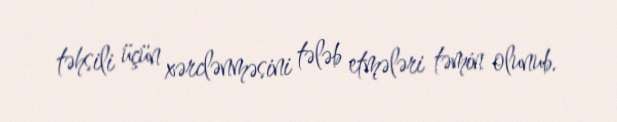
təhsili üçün xərclənməsini tələb etmələri təmin olunub.